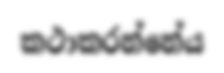
කථාකරන්නේය